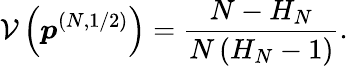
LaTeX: \mathcal{V}\left(\boldsymbol{p}^{(N,1/2)}\right)=\frac{N-H_{N}}{N\left(H_{N}-1\right)}.